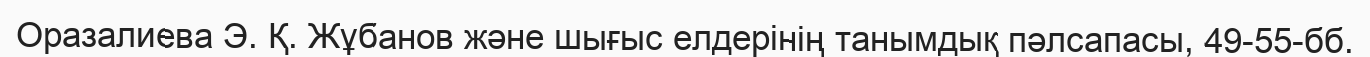
Оразалиева Э. Қ. Жұбанов және шығыс елдерінің танымдық пәлсапасы, 49-55-бб.